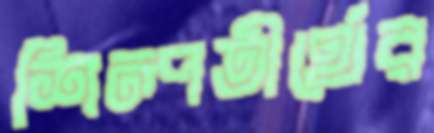
শিল্পতীর্থের